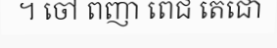
។ ចៅ ពញា ពេជ តេជោ